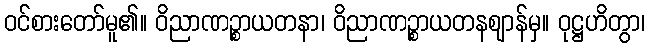
ဝင်စားတော်မူ၏။ ဝိညာဏဉ္စာယတနာ၊ ဝိညာဏဉ္စာယတနဈာန်မှ။ ဝုဋ္ဌဟိတွာ၊